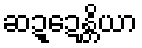
ဆဍ္ဍေန္တိယာ